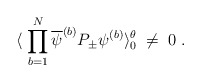
\begin{align*}\langle \; \prod_{b=1}^N \overline{\psi}^{(b)} P_\pm \psi^{(b)}\rangle_0^{\theta} \; \neq \; 0 \; .\end{align*}